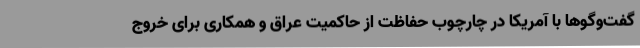
گفت‌وگوها با آمریکا در چارچوب حفاظت از حاکمیت عراق و همکاری برای خروج